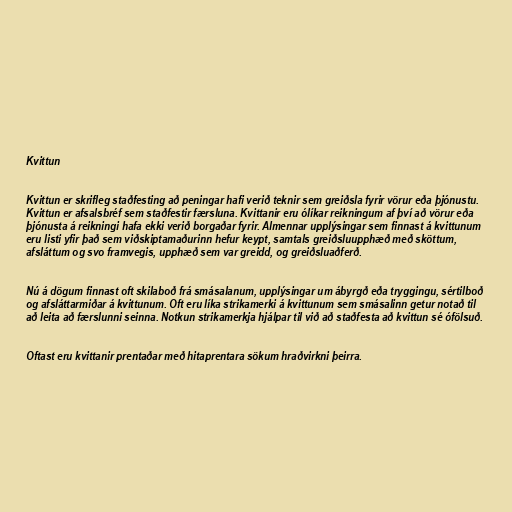
Kvittun

Kvittun er skrifleg staðfesting að peningar hafi verið teknir sem greiðsla fyrir vörur eða þjónustu.
Kvittun er afsalsbréf sem staðfestir færsluna. Kvittanir eru ólíkar reikningum af því að vörur eða
þjónusta á reikningi hafa ekki verið borgaðar fyrir. Almennar upplýsingar sem finnast á kvittunum
eru listi yfir það sem viðskiptamaðurinn hefur keypt, samtals greiðsluupphæð með sköttum,
afsláttum og svo framvegis, upphæð sem var greidd, og greiðsluaðferð.

Nú á dögum finnast oft skilaboð frá smásalanum, upplýsingar um ábyrgð eða tryggingu, sértilboð
og afsláttarmiðar á kvittunum. Oft eru líka strikamerki á kvittunum sem smásalinn getur notað til
að leita að færslunni seinna. Notkun strikamerkja hjálpar til við að staðfesta að kvittun sé ófölsuð.

Oftast eru kvittanir prentaðar með hitaprentara sökum hraðvirkni þeirra.